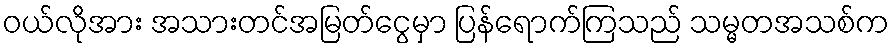
၀ယ်လိုအား အသားတင်အမြတ်ငွေမှာ ပြန်ရောက်ကြသည် သမ္မတအသစ်က